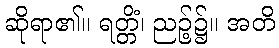
ဆိုရာ၏။ ရတ္တိံ၊ ညဉ့်၌။ အတိ